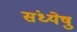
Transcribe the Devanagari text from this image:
संध्येषु